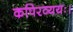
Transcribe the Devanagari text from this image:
कपिरव्ययः।